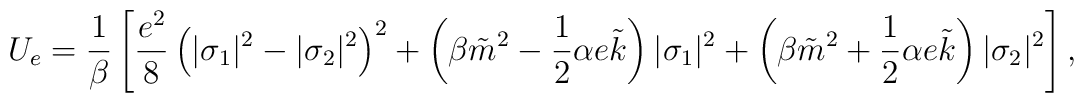
U_{e} =\frac{1}{\beta}\left[ \frac{e^2}{8}\left(|\sigma_1|^2 - |\sigma_2|^2\right)^2 +\left(\beta \tilde m ^2- \frac{1}{2}\alpha e\tilde k\right)|\sigma_1|^2 + \left(\beta \tilde m ^2+\frac{1}{2}\alpha e\tilde k\right)|\sigma_2|^2 \right],